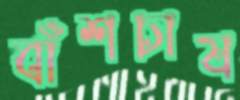
বাঁশচাষ